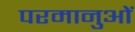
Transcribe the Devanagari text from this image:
परमानुओं